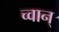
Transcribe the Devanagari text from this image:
च्वान्